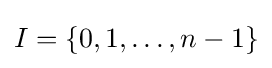
I=\{0,1,\ldots ,n-1\}